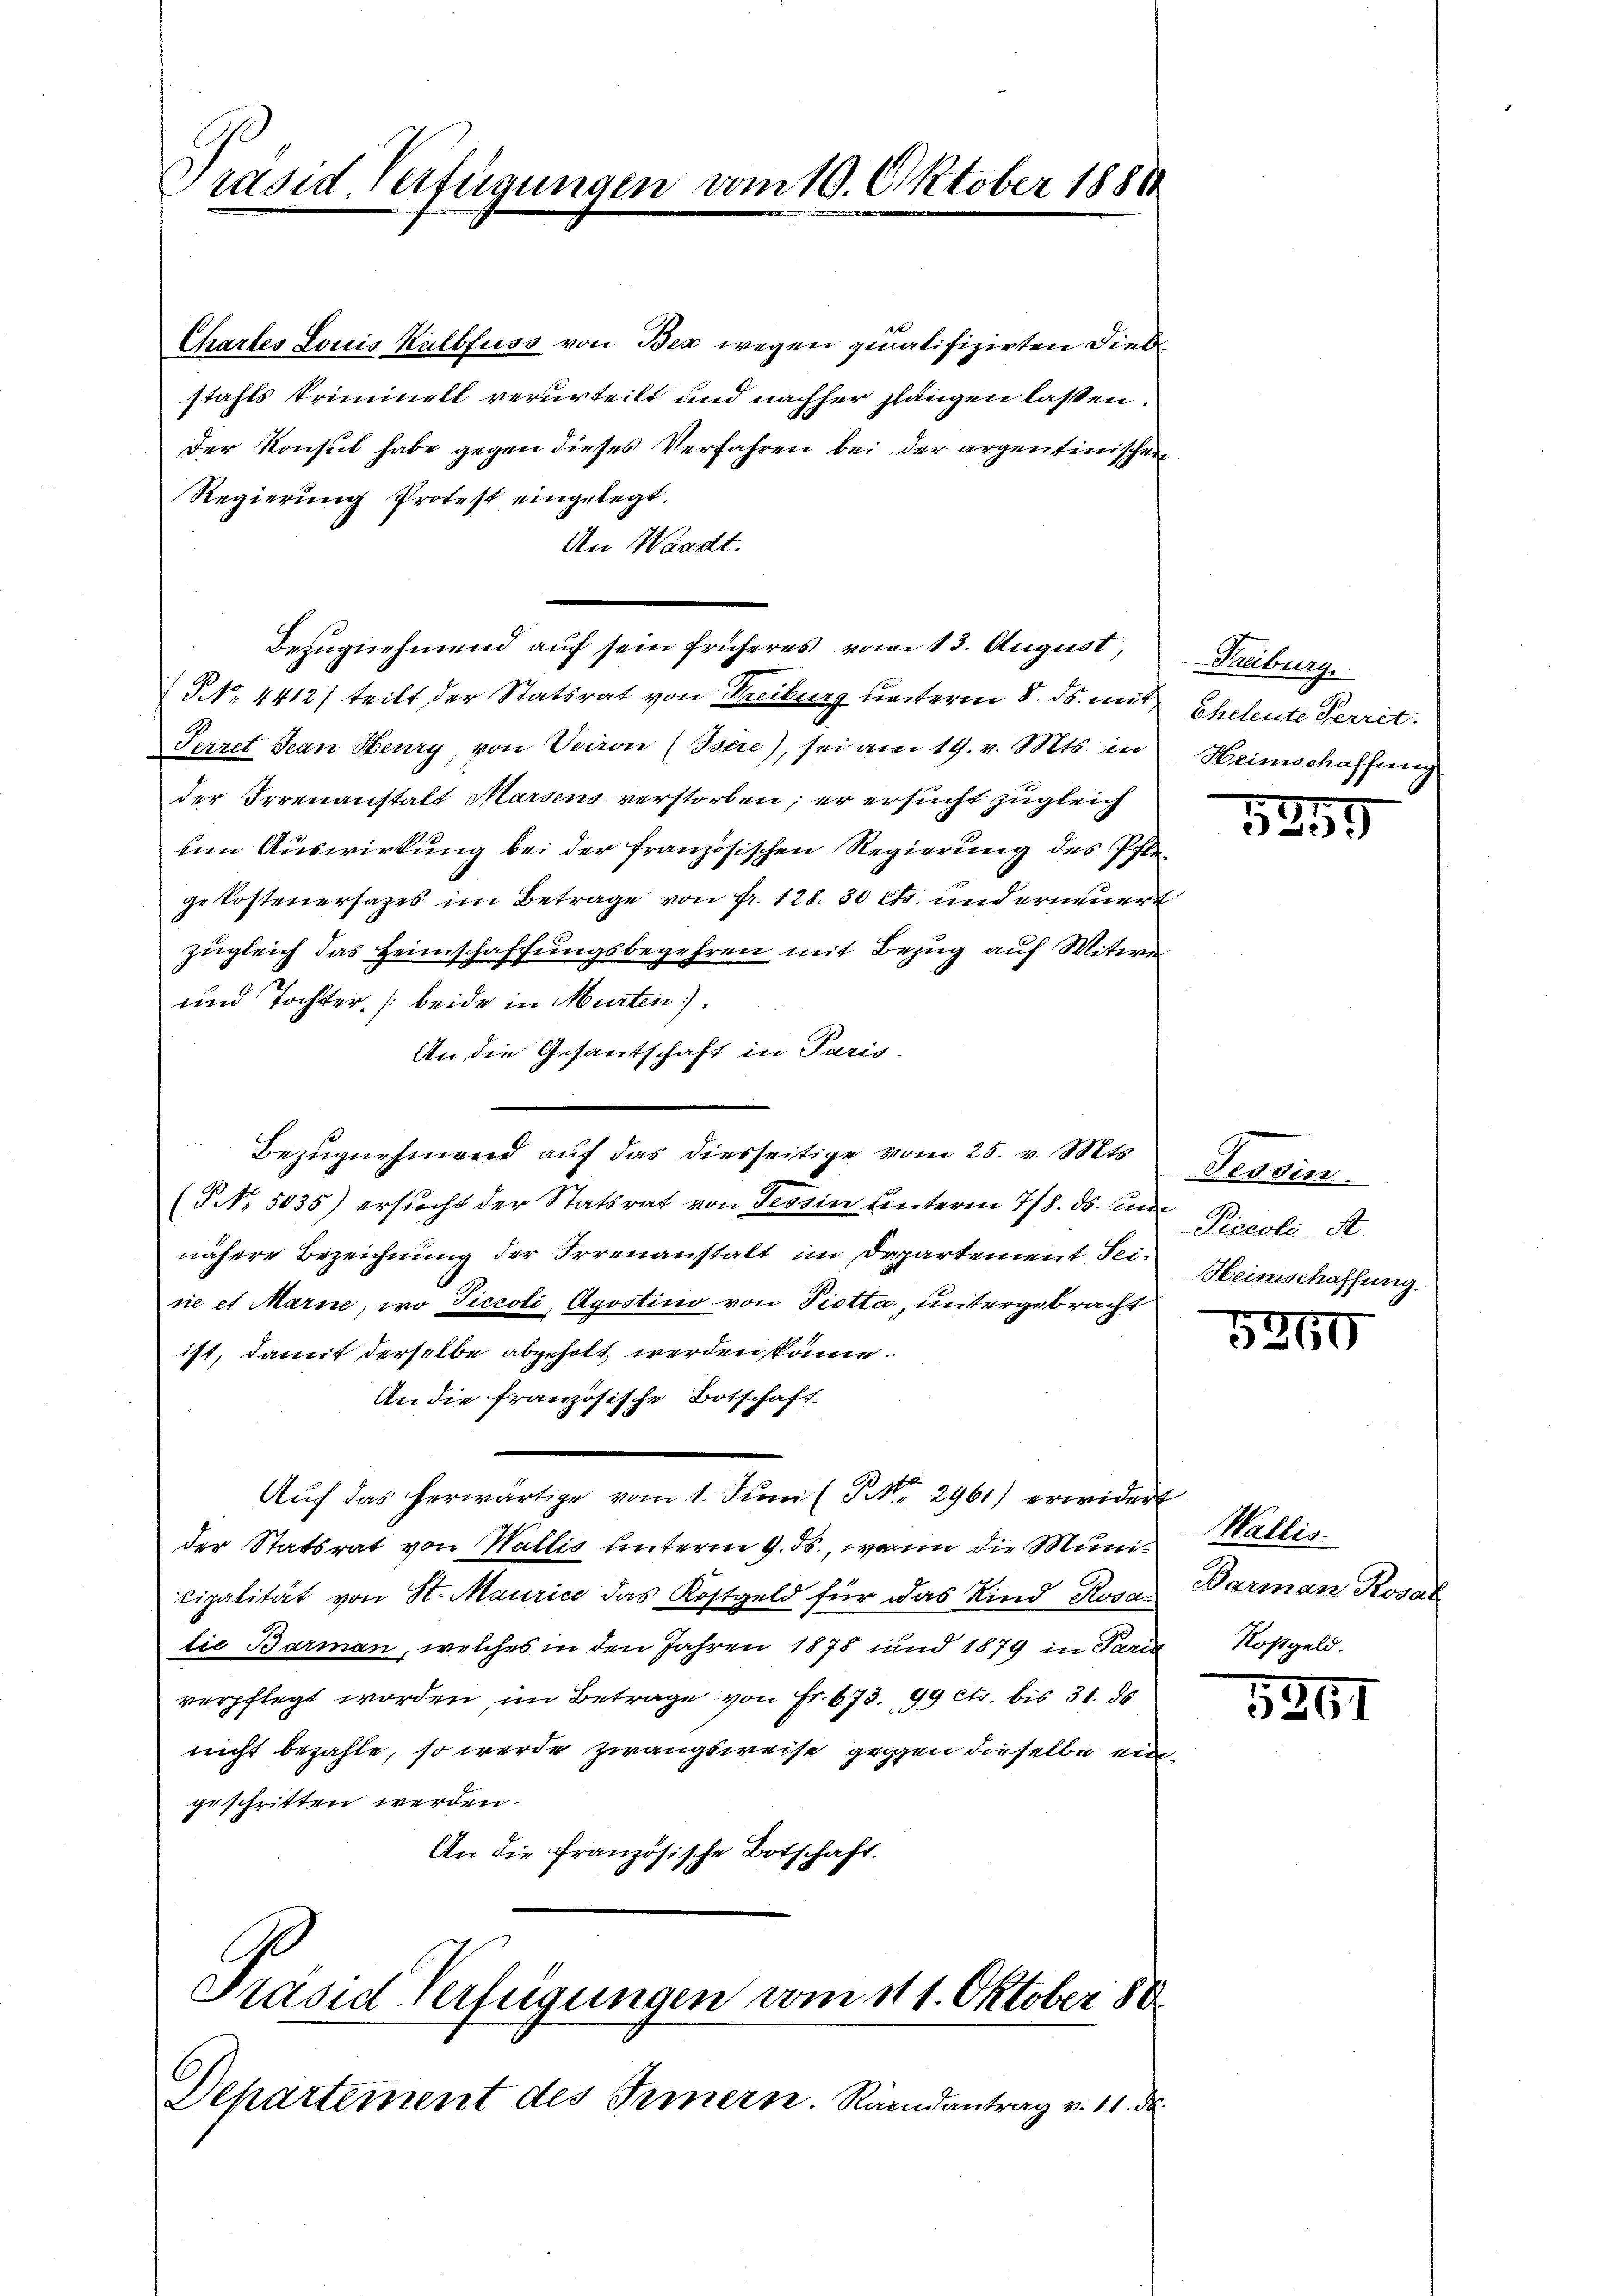
Präsid Verfügungen vom 10. Oktober 1888

Chartes Louis Kalbfuss von Bex wegen qualifizirten Diebstahls kriminell verurteilt und nachher längen lassen.
Der Konsul habe gegen dieses Verfahren bei der argentinischen
Regierung Protest eingelegt.
An Waadt.
Bezugnehmend auf sein früheres vom 13. August,
NNo. 4412) teilt der Statsrat von Freiburg unterm 8. ds. mit,
Perret Jean Heury, von Vairon (Isère), sei am 19. v. Mts. in
der Irrenanstalt Marsens verstorben; er ersucht zugleich
um Auswirkung bei der französischen Regierung des Pflegekostenersages im Betrage von Fr. 128. 30 cts. und erneuert
zugleich das Heimschaffungsbegehren mit Bezug auf Witwe
und Tochter beide in Murten).
An die Gesandschaft in Paris.
(NNo. 5035) ersucht der Statsrat von Tessin unterm 7/8. ds. und
nähere Bezeichnung der Irrenanstalt im Departement Seine et Marie, wo Ticcoli, Apostino von Piotta, untergebracht
ist, damit derselbe abgeholt werden könne.
An die französische Botschaft
Aŭf das herwärtige vom 1. Jŭni (S. 2961) erwidert
der Statsrat von Wallis unterm 9. ds., wenn die Muni¬
C
cipalität von St. Maurice das Kostgeld für das Kind Rosa
lie Barman, welches in den Jahren 1878 und 1879 in Paris Rostgeld.
verpflegt worden im Betrage von Fr. 673. 99 cts. bis 31. ds.
nicht bezahle, so werde zwangsweise gegen dieselbe ein
geschritten werden.
An die französische Botschaft.
Präsid. Verfügungen vom 111. Oktober 80.
Departement des Innern. Randantrag v. 11. da

Bezugnehmend auf das diesseitige vom 25. v. Mts.

Treiburg.
Eheleute Perrit.
Heimschaffung

5359

Tessin
Piccoli A.
Heimschaffung.

5260

Wallis.
Barmann Rosal

5267